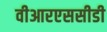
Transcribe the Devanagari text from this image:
वीआरएससीडी